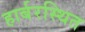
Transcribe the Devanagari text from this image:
हार्बरस्थित